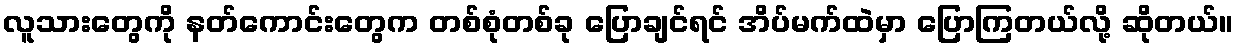
လူသားတွေကို နတ်ကောင်းတွေက တစ်စုံတစ်ခု ပြောချင်ရင် အိပ်မက်ထဲမှာ ပြောကြတယ်လို့ ဆိုတယ်။